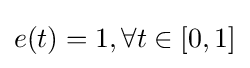
e(t)=1,\forall t\in [0,1]